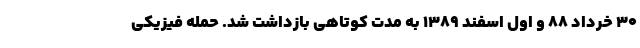
۳۰ خرداد ۸۸ و اول اسفند ۱۳۸۹ به مدت کوتاهی بازداشت شد. حمله فیزیکی